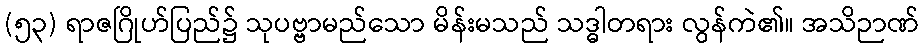
(၅၃) ရာဇဂြိုဟ်ပြည်၌ သုပဗ္ဗာမည်သော မိန်းမသည် သဒ္ဓါတရား လွန်ကဲ၏။ အသိဉာဏ်